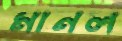
মানল